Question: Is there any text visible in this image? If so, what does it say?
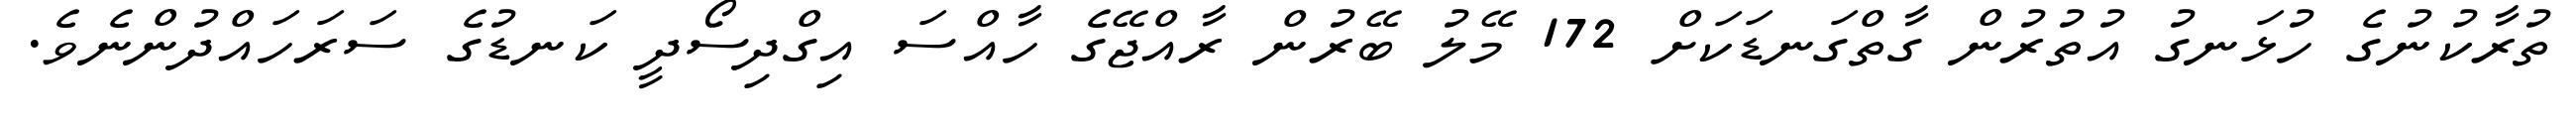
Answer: ތުރާކުނުގެ ހުޅަނގު އުތުރުން ގާތްގަނޑަކަށް 172 މޭލު ބޭރުން ރާއްޖޭގެ ހާއްސަ އިގްދިސޯދީ ކަނޑުގެ ސަރަހައްދުންނެވެ.